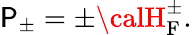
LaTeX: {\cal\mathsf{P}}_{\pm}=\pm{\calH}_{\mathrm{{F}}}^{\pm}.